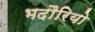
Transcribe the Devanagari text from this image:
भदौरियो